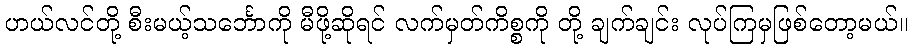
ဟယ်လင်တို့ စီးမယ့်သင်္ဘောကို မီဖို့ဆိုရင် လက်မှတ်ကိစ္စကို တို့ ချက်ချင်း လုပ်ကြမှဖြစ်တော့မယ်။